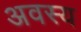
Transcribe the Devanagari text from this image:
अवस्य